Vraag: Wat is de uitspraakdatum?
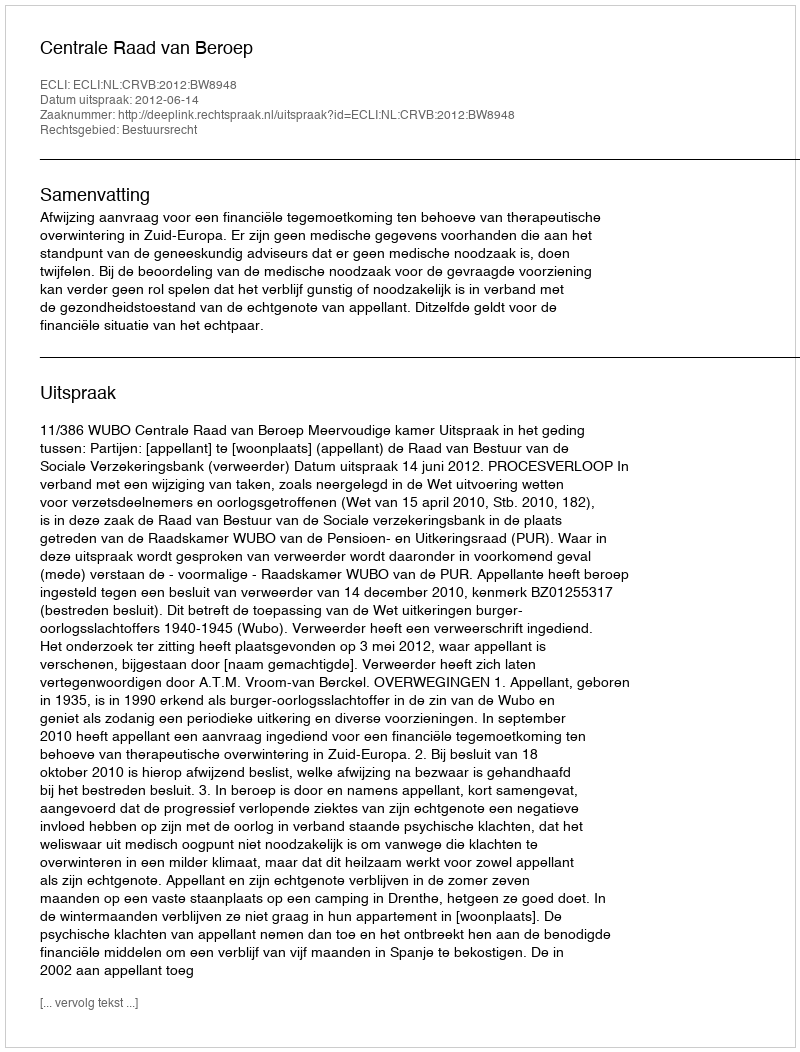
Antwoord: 2012-06-14